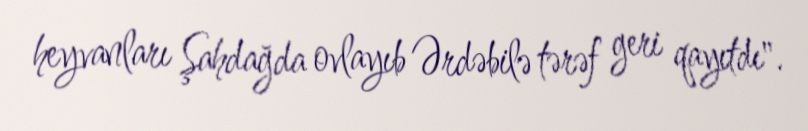
heyvanları Şahdağda ovlayıb Ərdəbilə tərəf geri qayıtdı".